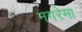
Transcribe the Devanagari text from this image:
नगरेमा